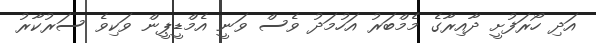
އަދި ހޯރަފުށީ ދާއިރާގެ މެމްބަރު އަހުމަދު ވެސް ވަނީ އެމްޑީޕީން ވަކިވެ ސަރުކާރު